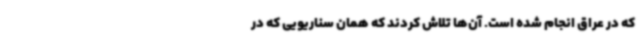
که در عراق انجام شده است. آن‌ها تلاش کردند که همان سناریویی که در